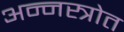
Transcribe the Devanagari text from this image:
अन्नस्त्रोत